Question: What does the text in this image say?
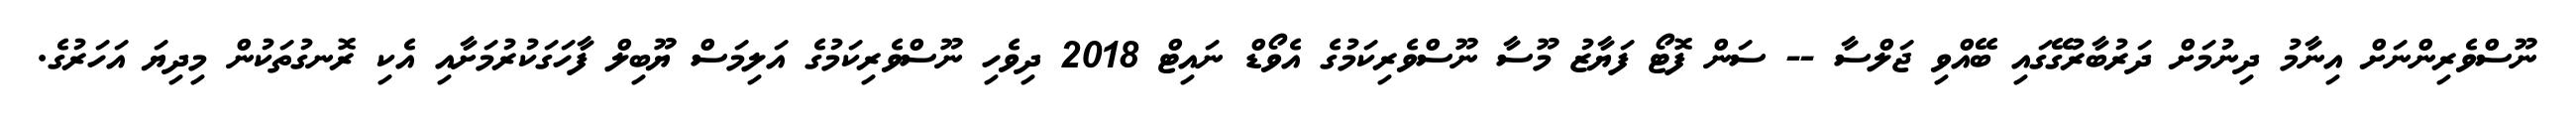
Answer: ނޫސްވެރިންނަށް އިނާމު ދިނުމަށް ދަރުބާރުގޭގައި ބޭއްވި ޖަލްސާ -- ސަން ފޮޓޯ ފަޔާޒު މޫސާ ނޫސްވެރިކަމުގެ އެވޯޑް ނައިޓް 2018 ދިވެހި ނޫސްވެރިކަމުގެ އަލިމަސް ޔޫބިލް ފާހަގަކުރުމަށާއި އެކި ރޮނގުތަކުން މިދިޔަ އަހަރުގެ.